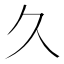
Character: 久